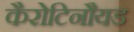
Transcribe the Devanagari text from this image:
कैरोटिनौयड